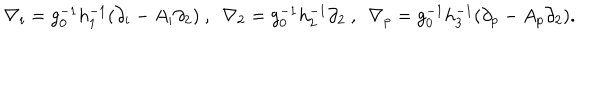
\nabla _ { i } = g _ { 0 } ^ { - 1 } h _ { 1 } ^ { - 1 } ( \partial _ { i } - A _ { i } \partial _ { 2 } ) ~ , ~ ~ \nabla _ { 2 } = g _ { 0 } ^ { - 1 } h _ { 2 } ^ { - 1 } \partial _ { 2 } ~ , ~ ~ \nabla _ { p } = g _ { 0 } ^ { - 1 } h _ { 3 } ^ { - 1 } ( \partial _ { p } - A _ { p } \partial _ { 2 } ) .